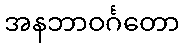
အနဘာဝင်္ဂတော